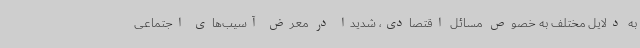
به دلایل مختلف به خصوص مسائل اقتصادی، شدیداً در معرض آسیب‌های اجتماعی